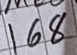
Text: 168